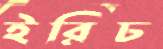
ইরিচ